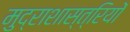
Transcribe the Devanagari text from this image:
मुद्राशास्त्रियों